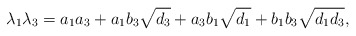
\begin{align*}\lambda_1\lambda_3 = a_1a_3 + a_1b_3\sqrt{d_3} + a_3b_1\sqrt{d_1} + b_1b_3 \sqrt{d_1d_3},\end{align*}